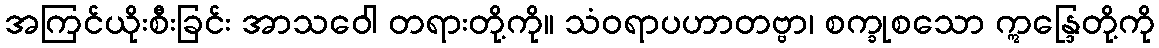
အကြင်ယိုးစီးခြင်း အာသဝေါ တရားတို့ကို။ သံဝရာပဟာတဗ္ဗာ၊ စက္ခုစသော ဣန္ဒြေတို့ကို